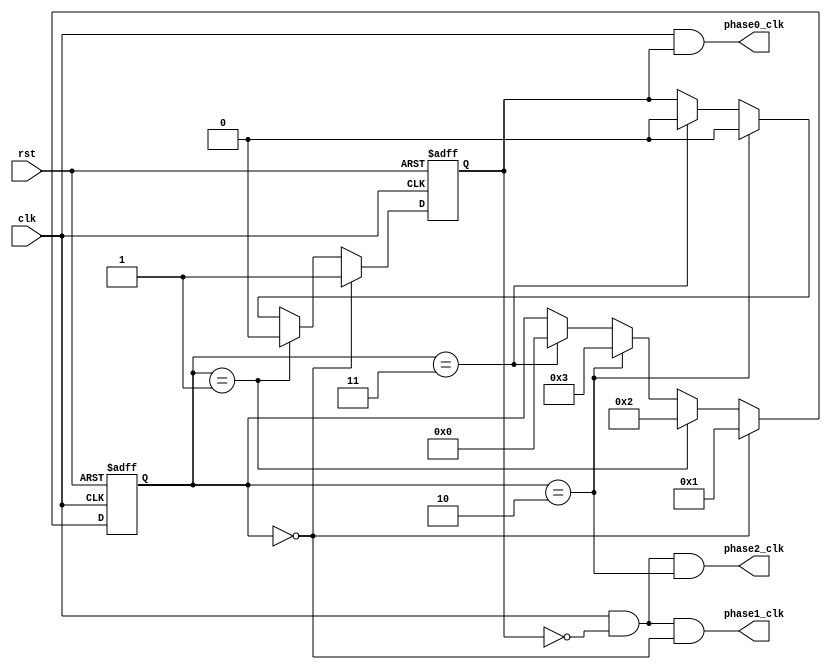
module multi_phase_clock_divider (
    input clk,
    input rst,
    output reg phase0_clk,
    output reg phase1_clk,
    output reg phase2_clk
);

reg [3:0] counter;
reg sync;

always @(posedge clk or posedge rst) begin
    if (rst) begin
        counter <= 4'b0000;
        sync <= 1'b0;
    end else begin
        if (counter == 4'b0000) begin
            sync <= 1'b1;
            counter <= 4'b0001;
        end else if (counter == 4'b0001) begin
            sync <= 1'b0;
            counter <= 4'b0010;
        end else if (counter == 4'b0010) begin
            sync <= 1'b0;
            counter <= 4'b0011;
        end else if (counter == 4'b0011) begin
            sync <= 1'b0;
            counter <= 4'b0000;
        end
    end
end

assign phase0_clk = clk & sync;
assign phase1_clk = clk & ~sync & (counter == 4'b0000);
assign phase2_clk = clk & ~sync & (counter == 4'b0010);

endmodule